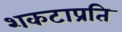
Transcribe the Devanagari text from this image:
शकटाप्रति